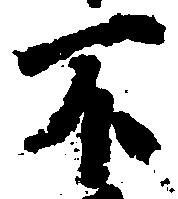
不